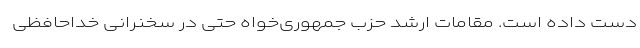
دست داده است. مقامات ارشد حزب جمهوری‌خواه حتی در سخنرانی خداحافظی